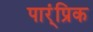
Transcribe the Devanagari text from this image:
पार्ंप्रिक